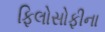
ફિલોસોફીના